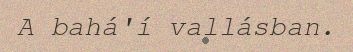
A bahá'í vallásban.